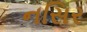
નસિર